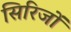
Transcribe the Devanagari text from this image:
सिरिजों